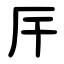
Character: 厈